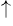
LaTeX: ^{\uparrow}